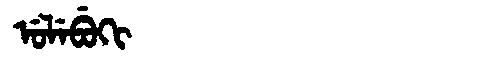
Manchu: ᡠᠯᡝᠪᡠᡴᡳ
Romanization: ULEBUKI